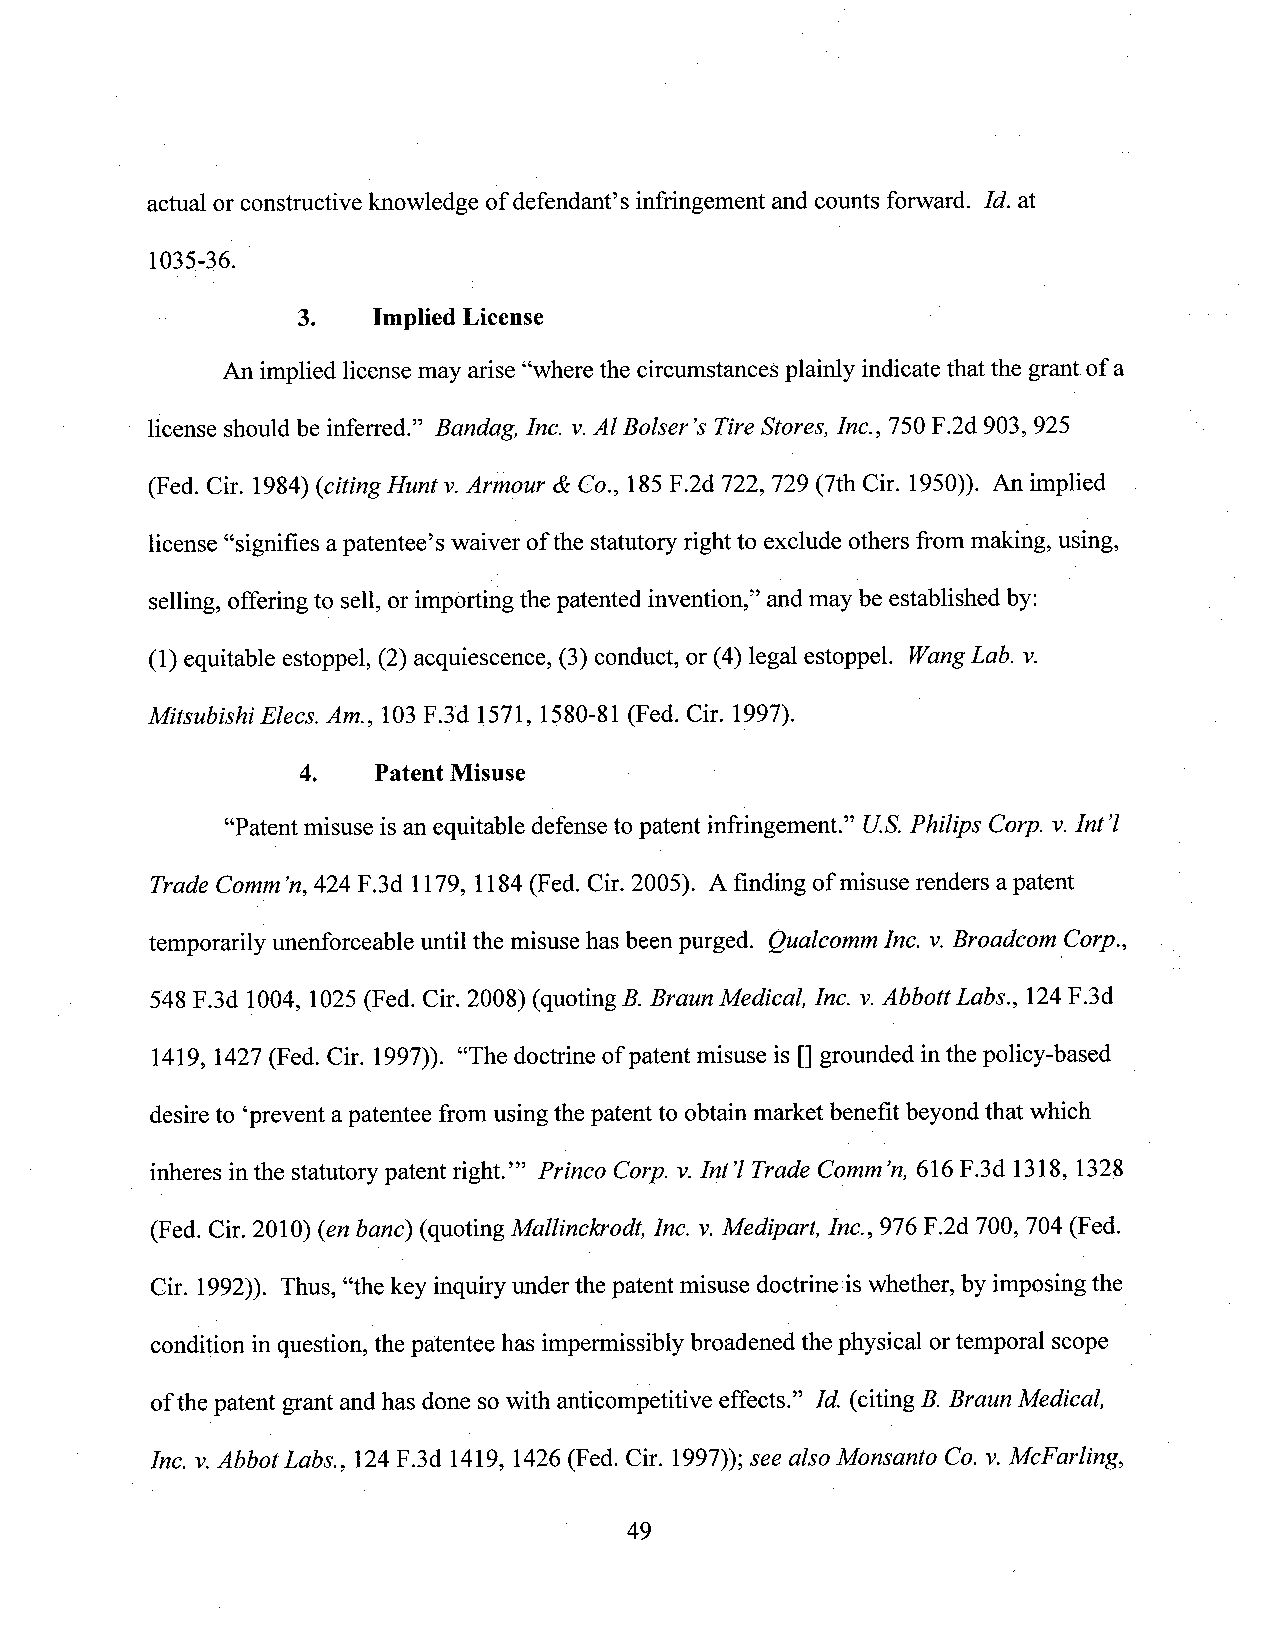
actual or constructive knowledge of defendant’s infringement and counts forward. Id. at
 1035-36.
 3.   Implied License
 An implied license may arise “Wherethe circumstances plainly indicate that the grant of a
 license should be inferred.” Bandag, Inc. v.AlBolser’s TireStores, Inc., 750 F.2d 903, 925
 (Fed. Cir. 1984) (citing Hunt v.Armour & Co., 185F.2d 722, 729 (7th Cir. 1950)). An implied
 license “signifies a patentee’s waiver ofthe statutory right to exclude others frommaking, using,
 selling, offeringto sell, or importing the patented invention,” and may be established by:
 (1) equitable estoppel, (2) acquiescence, (3) conduct, or (4) legal estoppel. WangLab. v.
 Mitsubishi Elecs. Am., 103F.3d 1571, 1580-81 (Fed. Cir. 1997).
 4.   Patent Misuse
 “Patent misuse is an equitable defense to patent infringement.” U.S.Philips Corp. v.Int’l
 Trade Comm’n,424 F.3d 1179, 1184(Fed. Cir. 2005). A finding of misuse renders apatent
 temporarily unenforceable until the misuse has beenpurged. Qualcomm Inc. v.Broadcom'Corp.,
 548 F.3d 1004, 1025 (Fed. Cir. 2008) (quoting B.Braun Medical, Inc. v.Abbott Labs., 124F.3d
 1419, 1427(Fed. Cir. 1997)). “The doctrine ofpatent misuse is []grounded inthe policy-based
 desireto ‘preventapatentee from using the patent to obtain market benefit beyond that which
 inheres in the statutory patent right.”’ Princo Corp. v.Int ’lTrade Comm’n,616 F.3d 1318, 1328
 (Fed. Cir. 2010) (en banc) (quoting Mallinckrodt, Inc. v.Medipart, Inc., 976 F.2d 700, 704 (Fed.
 Cir. 1992)). Thus, “the key inquiry under the patent misuse doctrine iswhether, by imposing the
 condition in question,the patentee has impermissibly broadened the physical ortemporal scope
 ofthe patent grant andhas done sowith anticompetitive effects.” Id. (citing B.Braun Medical,
 Inc. v.Abbot Labs., 124F.3d 1419, 1426 (Fed. Cir. 1997)); see also Monsanto Co. v.McFarling,
 49